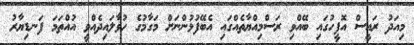
މިއަދު ރައީސް އޮފީހުގައި ބޭއްވި ރަސްމިއްޔާތެއްގައި އެބޭފުޅުންނަށް މަގާމުގެ ހުވާލައިދެއްވީ އުއްތަމަ ފަނޑިޔާރު